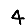
Digit: 4